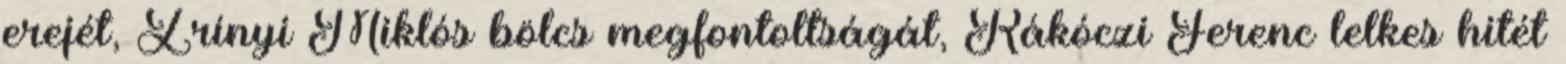
erejét, Zrínyi Miklós bölcs megfontoltságát, Rákóczi Ferenc lelkes hitét